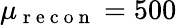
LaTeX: \mu_{\mathrm{~r~e~c~o~n~}}=500